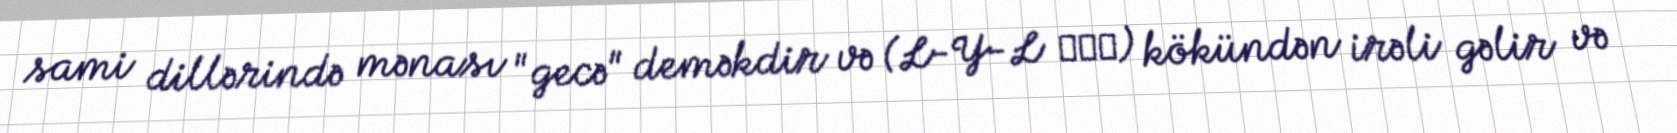
sami dillərində mənası "gecə" deməkdir və (L-Y-L لیل) kökündən irəli gəlir və